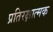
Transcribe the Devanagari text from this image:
प्रतिरक्षात्‍मक